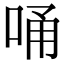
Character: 𠳀